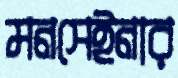
মনসেইনার